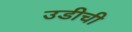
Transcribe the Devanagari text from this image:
उडीची